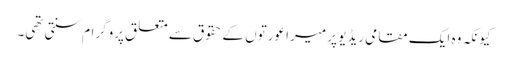
کیونکہ وہ ایک مقامی ریڈیو پر میرا عورتوں کے حقوق سے متعلق پروگرام سنتی تھی۔